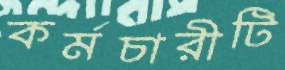
কর্মচারীটি